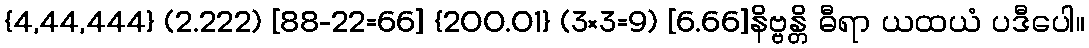
{4,44,444} (2.222) [88-22=66] {200.01} (3×3=9) [6.66]နိဗ္ဗန္တိ ဓီရာ ယထယံ ပဒီပေါ။